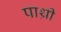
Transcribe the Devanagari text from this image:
पाथ्री